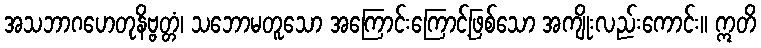
အသဘာဂဟေတုနိဗ္ဗတ္တံ၊ သဘောမတူသော အကြောင်းကြောင့်ဖြစ်သော အကျိုးလည်းကောင်း။ ဣတိ